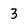
Character: 3